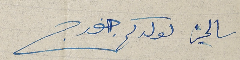
سالمين لولدكم جورج